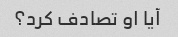
آیا او تصادف کرد؟